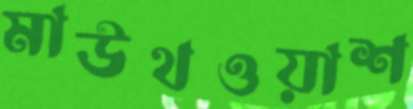
মাউথওয়াশ